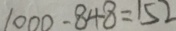
1 0 0 0 - 8 4 8 = 1 5 2